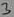
Text: 3